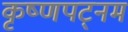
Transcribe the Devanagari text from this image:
कृष्णपट्नम